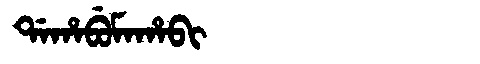
Manchu: ᡩᠠᡥᠠᠪᡠᠮᠠᡥᠠᠪᡳ
Romanization: DAHABUMAHABI